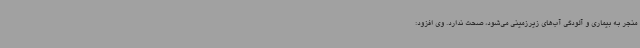
منجر به بیماری و آلودگی آب‌های زیرزمینی می‌شود، صحت ندارد. وی افزود: